Indian journal of veterinary science and animal husbandry - Volume 10,
Year: 1940
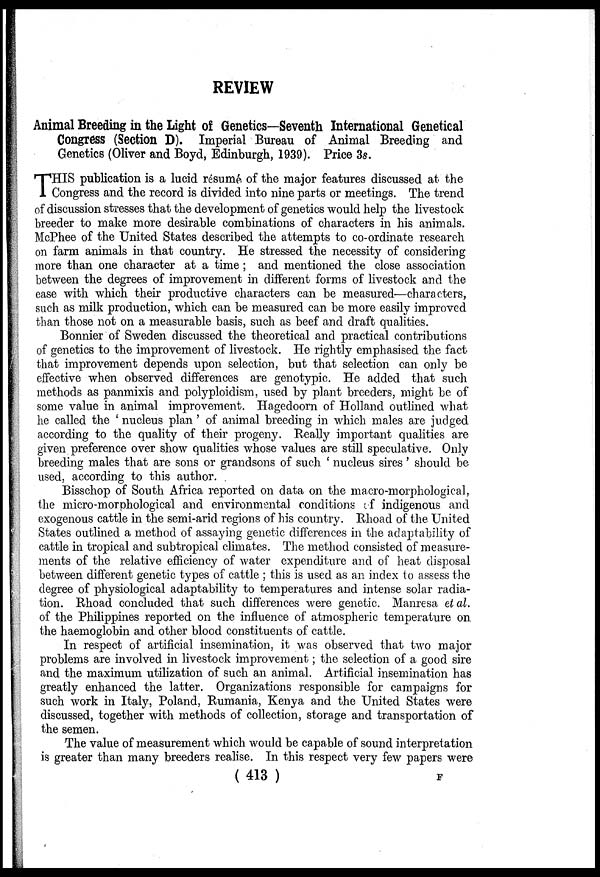
REVIEW
Animal Breeding in the Light of Genetics—Seventh International Genetical
Congress (Section D). Imperial Bureau of Animal Breeding and
Genetics (Oliver and Boyd, Edinburgh, 1939). Price 3s.
T HIS publication is a lucid résumé, of the major features discussed at the
Congress and the record is divided into nine parts or meetings. The trend
of discussion stresses that the development of genetics would help the livestock
breeder to make more desirable combinations of characters in his animals.
McPhee of the United States described the attempts to co-ordinate research
on farm animals in that country. He stressed the necessity of considering
more than one character at a time; and mentioned the close association
between the degrees of improvement in different forms of livestock and the
ease with which their productive characters can be measured—characters,
such as milk production, which can be measured can be more easily improved
than those not on a measurable basis, such as beef and draft qualities.
Bonnier of Sweden discussed the theoretical and practical contributions
of genetics to the improvement of livestock. He rightly emphasised the fact
that improvement depends upon selection, but that selection can only be
effective when observed differences are genotypic. He added that such
methods as panmixis and polyploidism, used by plant breeders, might be of
some value in animal improvement. Hagedoorn of Holland outlined what
he called the ' nucleus plan' of animal breeding in which males are judged
according to the quality of their progeny. Really important qualities are
given preference over show qualities whose values are still speculative. Only
breeding males that are sons or grandsons of such ' nucleus sires' should be
used, according to this author.
Bisschop of South Africa reported on data on the macro-morphological,
the micro-morphological and environmental conditions of indigenous and
exogenous cattle in the semi-arid regions of his country. Rhoad of the United
States outlined a method of assaying genetic differences in the adaptability of
cattle in tropical and subtropical climates. The method consisted of measure-
ments of the relative efficiency of water expenditure and of heat disposal
between different genetic types of cattle ; this is used as an index to assess the
degree of physiological adaptability to temperatures and intense solar radia-
tion. Rhoad concluded that such differences were genetic. Manresa et al.
of the Philippines reported on the influence of atmospheric temperature on.
the haemoglobin and other blood constituents of cattle.
In respect of artificial insemination, it was observed that two major
problems are involved in livestock improvement; the selection of a good sire
and the maximum utilization of such an animal. Artificial insemination has
greatly enhanced the latter. Organizations responsible for campaigns for
such work in Italy, Poland, Rumania, Kenya and the United States were
discussed, together with methods of collection, storage and transportation of
the semen.
The value of measurement which would be capable of sound interpretation
is greater than many breeders realise. In this respect very few papers were
(413)
F